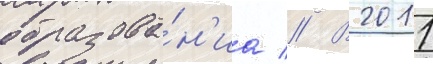
образова́н'иа // В 2011